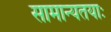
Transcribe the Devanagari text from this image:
सामान्यतयाः